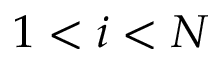
1 < i < N